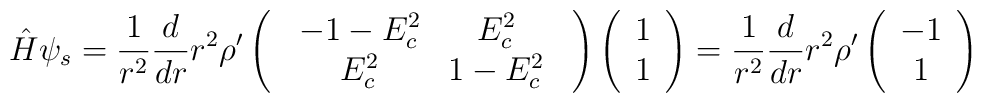
{\hat H}\psi_s=\frac{1}{r^2}\frac{d}{dr}r^2{\rho}^{\prime}\left(\begin{array}{c}\begin{array}{cc}-1-E^2_c&E^2_c\\E^2_c&1-E^2_c\\\end{array}\end{array}\right)\left(\begin{array}{c}1\\ 1\\\end{array}\right)=\frac{1}{r^2}\frac{d}{dr}r^2{\rho}^{\prime}\left(\begin{array}{c}-1\\ 1\\\end{array}\right)